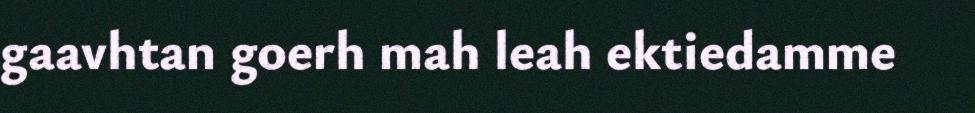
gaavhtan goerh mah leah ektiedamme